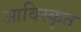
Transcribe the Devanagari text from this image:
आविस्कृत